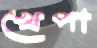
খেপা